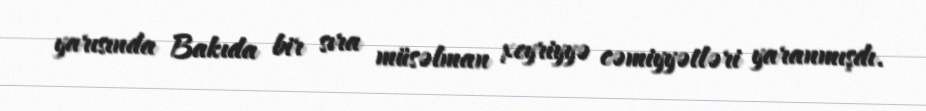
yarısında Bakıda bir sıra müsəlman xeyriyyə cəmiyyətləri yaranmışdı.